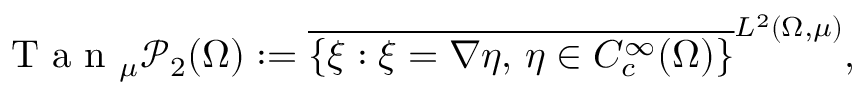
\textnormal { T a n } _ { \mu } \mathscr { P } _ { 2 } ( \Omega ) : = \overline { { \{ \xi : \xi = \nabla \eta , \, \eta \in C _ { c } ^ { \infty } ( \Omega ) \} } } ^ { L ^ { 2 } ( \Omega , \mu ) } ,